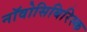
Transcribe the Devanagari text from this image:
नॉवोसिबिरिस्क